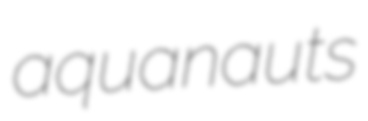
aquanauts